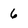
Character: 6